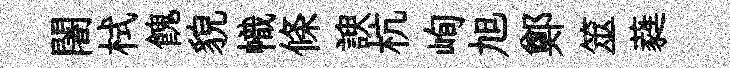
闍栻餽貌幟條諛杭峋旭鄭筮蕤